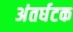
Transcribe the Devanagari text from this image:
अंतर्घटक